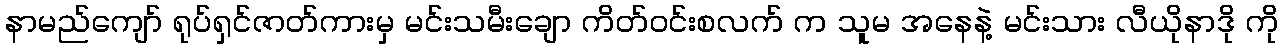
နာမည်ကျော် ရုပ်ရှင်ဇာတ်ကားမှ မင်းသမီးချော ကိတ်ဝင်းစလက် က သူမ အနေနဲ့ မင်းသား လီယိုနာဒို ကို